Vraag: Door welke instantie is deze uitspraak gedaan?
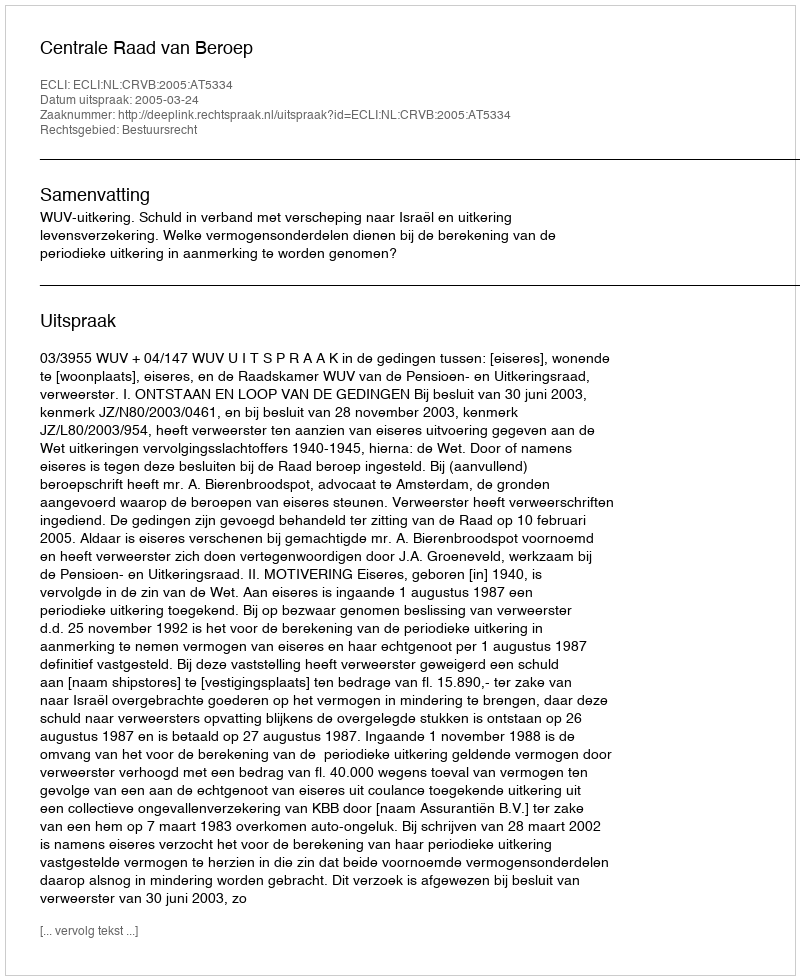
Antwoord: Centrale Raad van Beroep